Vaccination returns of the Province of Eastern Bengal and Assam - 1905-1912
Year: 1905
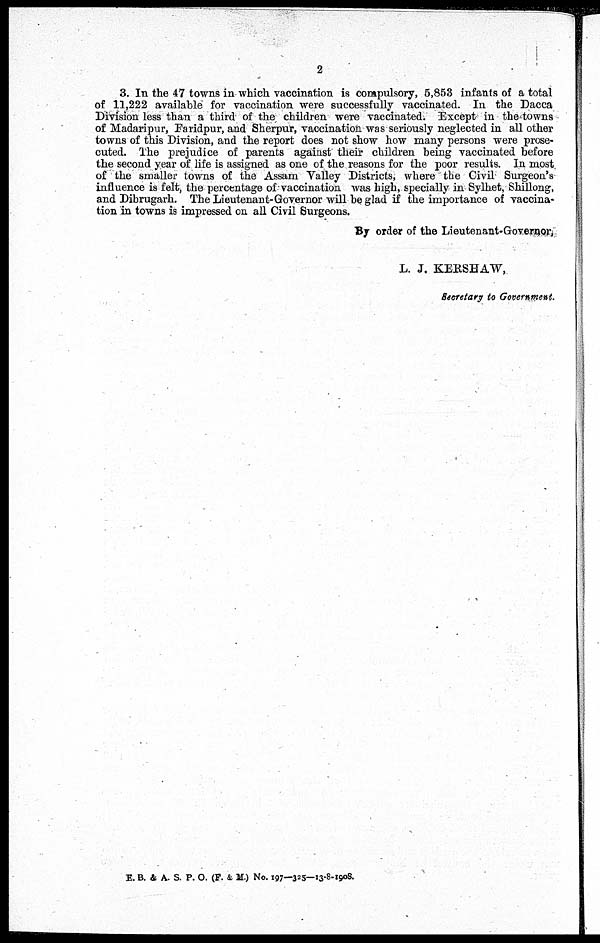
2
3. In the 47 towns in which vaccination is compulsory, 5,853 infants of a total
of 11,222 available for vaccination were successfully vaccinated. In the Dacca
Division less than a third of the children were vaccinated. Except in the towns
of Madaripur, Faridpur, and Sherpur, vaccination was seriously neglected in all other
towns of this Division, and the report does not show how many persons were prose-
cuted. The prejudice of parents against their children being vaccinated before
the second year of life is assigned as one of the reasons for the poor results. In most
of the smaller towns of the Assam Valley Districts, where the Civil Surgeon's
influence is felt, the percentage of vaccination was high, specially in Sylhet, Shillong,
and Dibrugarh. The Lieutenant-Governor will be glad if the importance of vaccina-
tion in towns is impressed on all Civil Surgeons.
By order of the Lieutenant-Governor.
L. J. KERSHAW,
Secretary to Government.
E. B. & A. S. P. O. (F. & M.) No. 197—325—13-8-1908.